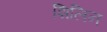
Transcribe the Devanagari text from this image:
शिलिन